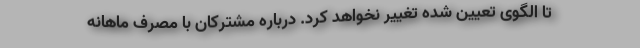
تا الگوی تعیین شده تغییر نخواهد کرد. درباره مشترکان با مصرف ماهانه